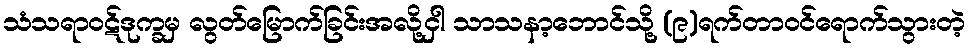
သံသရာဝဋ်ဒုက္ခမှ လွတ်မြောက်ခြင်းအလို့ငှါ သာသနာ့ဘောင်သို့ (၉)ရက်တာဝင်ရောက်သွားတဲ့